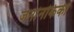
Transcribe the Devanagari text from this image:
जनांनकिकी